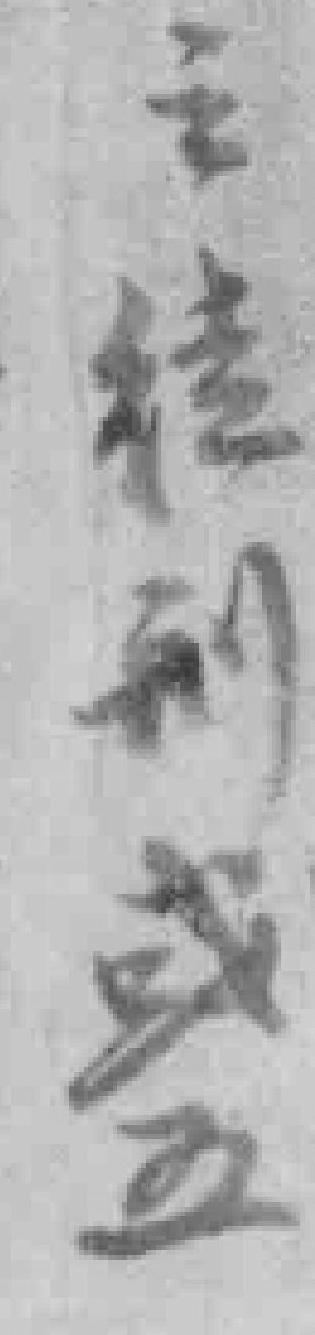
之徒刑或五